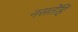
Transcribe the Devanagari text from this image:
नसतेंहि